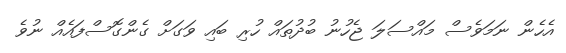
އެހެން ނަމަވެސް މައްސަލަ ޖެހުނު ބުދުތައް ހުރި ބައި ވަގަށް ގެންގޮސްފައެއް ނުވެ